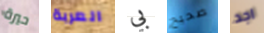
حيرة العربة بي صحيح اجد